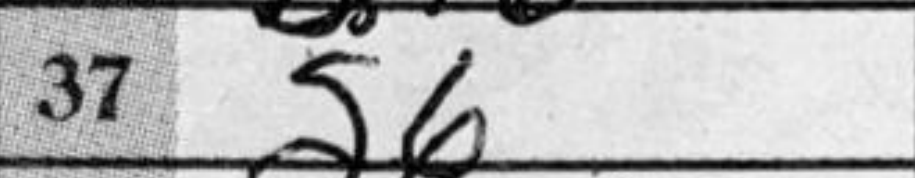
Transcription: g6